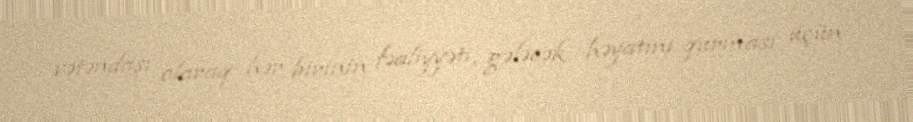
vətəndaşı olaraq hər birinin fəaliyyəti, gələcək həyatını qurması üçün